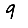
Digit: 9